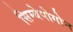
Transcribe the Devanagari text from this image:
सिम्बेपोगोन